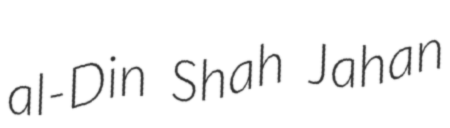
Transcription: al-Din Shah Jahan